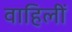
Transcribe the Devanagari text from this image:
वाहिलीं